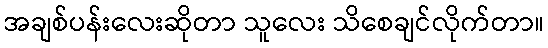
အချစ်ပန်းလေးဆိုတာ သူလေး သိစေချင်လိုက်တာ။